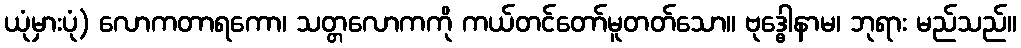
ယုံမှားပုံ) လောကတာရကော၊ သတ္တလောကကို ကယ်တင်တော်မူတတ်သော။ ဗုဒ္ဓေါနာမ၊ ဘုရား မည်သည်။